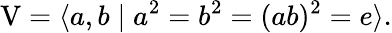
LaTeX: \mathrm{V}=\langle a,b\mid a^{2}=b^{2}=(ab)^{2}=e\rangle.